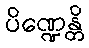
ပိဏ္ဍေန္တိ